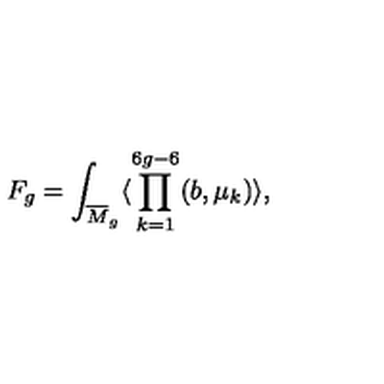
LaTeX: F _ { g } = \int _ { { \overline { M } } _ { g } } \langle \prod _ { k = 1 } ^ { 6 g - 6 } ( b , \mu _ { k } ) \rangle ,